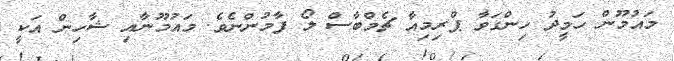
މައުމޫން ހަމީދު ހިންގަވާ ޕްރިމިއާ ޗެމްބާސް ލޯ ފާމުންނެވެ. މައުމޫނާއި ޝާހިން އަކީ